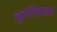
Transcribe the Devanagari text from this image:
कुस्त्रिया